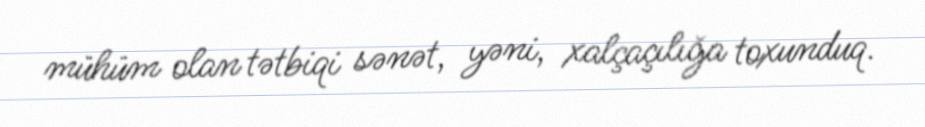
mühüm olan tətbiqi sənət, yəni, xalçaçılığa toxunduq.